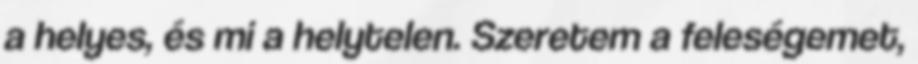
a helyes, és mi a helytelen. Szeretem a feleségemet,